Vaccination in Bombay 1863-1868 - 1863-1868
Year: 1863
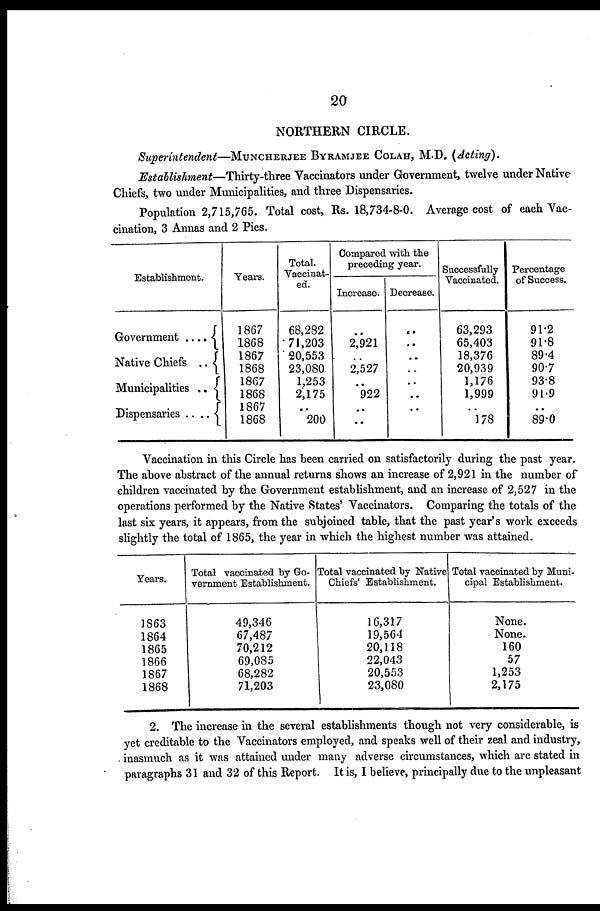
20
NORTHERN CIRCLE.
Superintendent—MUNCHERJEE BYRAMJEE COLAH M.D. (Acting).
Establishment—Thirty-three Vaccinators under Government, twelve under Native
Chiefs, two under Municipalities, and three Dispensaries.
Population 2,715,765. Total cost, Rs. 18,734-8-0. Average cost of each Vac-
cination, 3 Annas and 2 Pies.
Establishment.
Government ....
Native Chiefs ..
Municipalities ..
Dispensaries .. ..
Years.
1867
1868
1867
1868
1867
1868
1867
1868
Total.
Vaccinat-
ed.
68,282
71,203
20,553
23,080
1,253
2,175
..
200
Compared with the
preceding year.
Increase.
..
2,921
..
2,527
..
922
..
..
Decrease.
..
..
..
..
..
..
..
..
Successfully
Vaccinated.
63,293
65,403
18,376
20,939
1,176
1,999
..
178
Percentage
of Success.
91.2
91.8
89.4
90.7
93.8
91.9
..
89.0
Vaccination in this Circle has been carried on satisfactorily during the past year.
The above abstract of the annual returns shows an increase of 2,921 in the number of
children vaccinated by the Government establishment, and an increase of 2,527 in the
operations performed by the Native States' Vaccinators. Comparing the totals of the
last six years, it appears, from the subjoined table, that the past year's work exceeds
slightly the total of 1865, the year in which the highest number was attained.
Years.
1863
1864
1865
1866
1867
1868
Total vaccinated by Go-
vernment Establishment.
49,346
67,487
70,212
69,085
68,282
71,203
Total vaccinated by Native
Chiefs' Establishment.
16,317
19,564
20,118
22,043
20,553
23,080
Total vaccinated by Muni-
cipal Establishment.
None.
None.
160
57
1,253
2,175
2. The increase in the several establishments though not very considerable, is
yet creditable to the Vaccinators employed, and speaks well of their zeal and industry,
inasmuch as it was attained under many adverse circumstances, which are stated in
paragraphs 31 and 32 of this Report. It is, I believe, principally due to the unpleasant